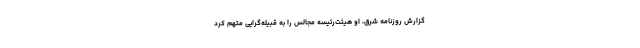
گزارش روزنامه شرق، او هیئت‌رئیسه مجالس را به قبیله‌گرایی متهم کرد